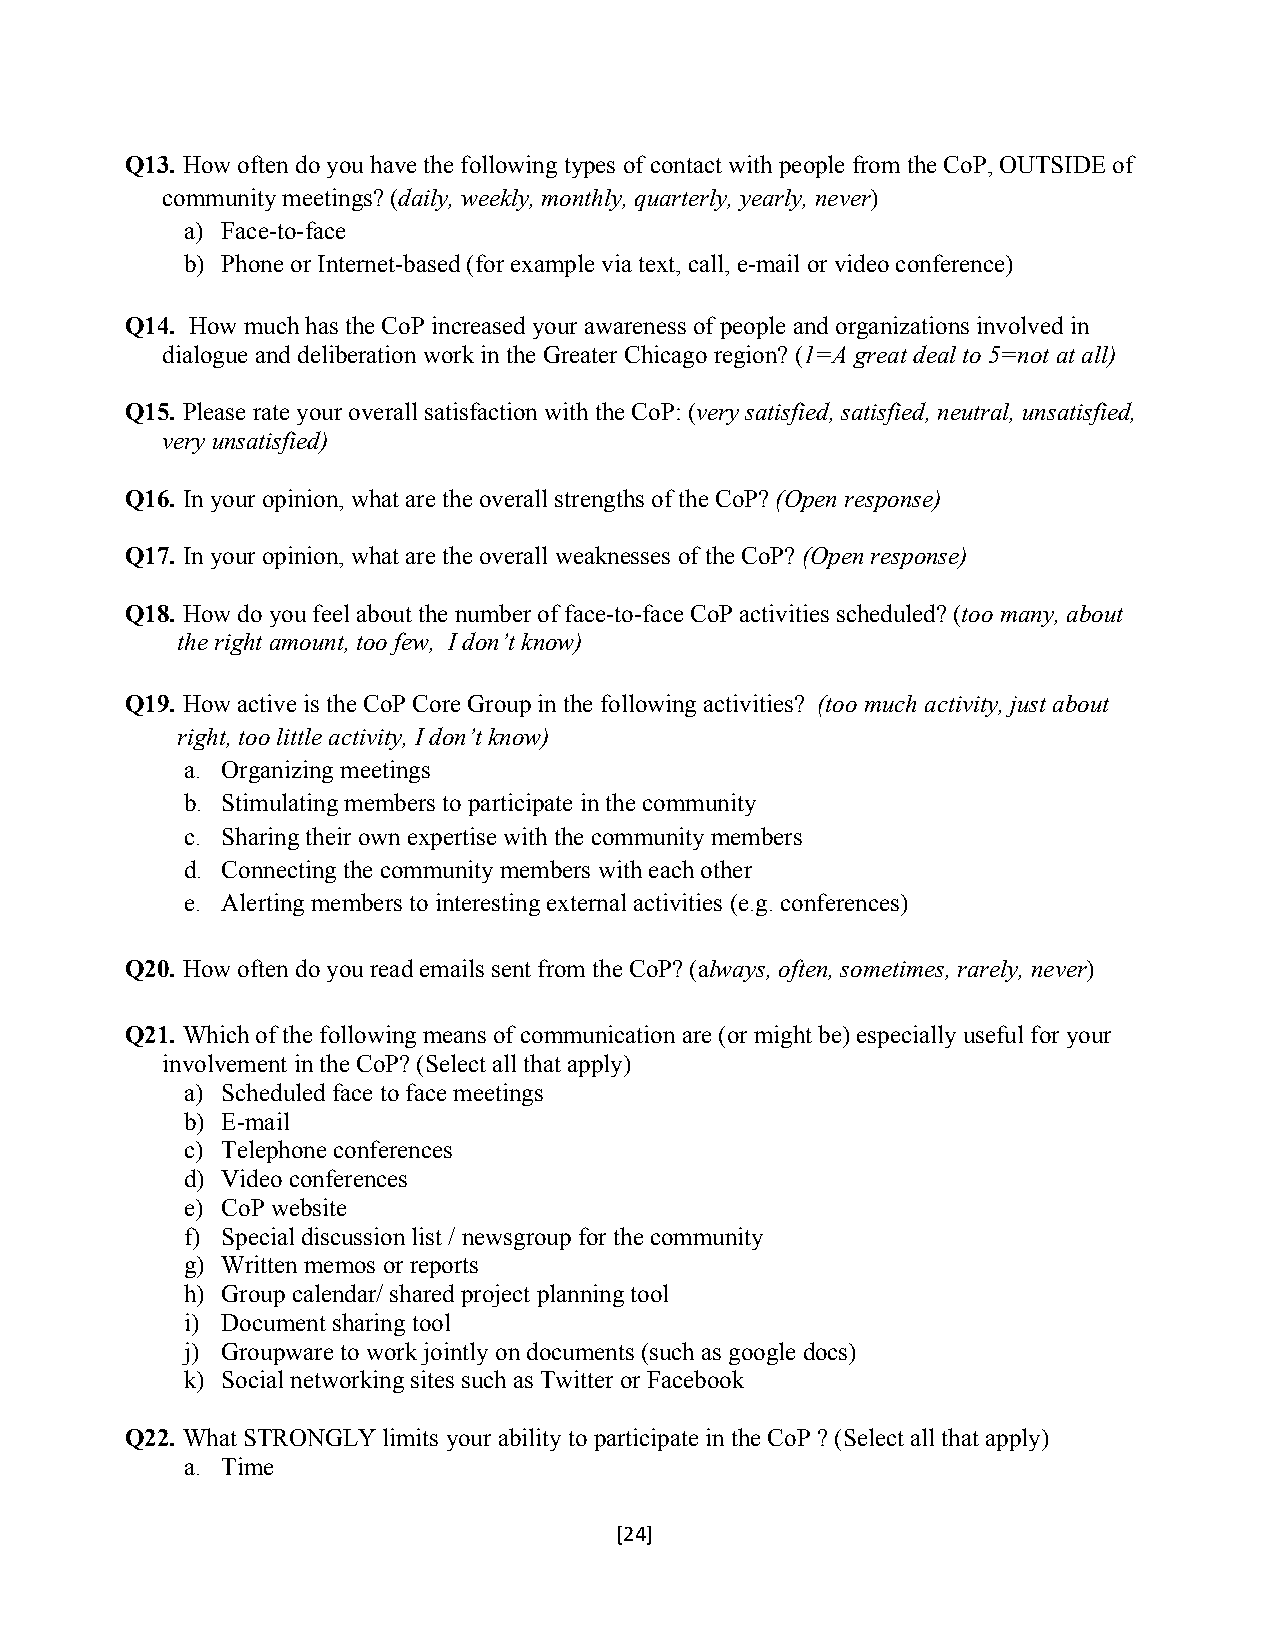
Q13. How often do you have the following types of contact with people from the CoP, OUTSIDE of
 community meetings? (daily, weekly, monthly, quarterly, yearly, never)
 a) Face-to-face
 b) Phone or Internet-based (for example via text, call, e-mail or video conference)
 Q14. How much has the CoP increased your awareness of people and organizations involved in
 dialogue and deliberation work in the Greater Chicago region? (1=A great deal to 5=not at all)
 Q15. Please rate your overall satisfaction with the CoP: (very satisfied, satisfied, neutral, unsatisfied,
 very unsatisfied)
 Q16. In your opinion, what are the overall strengths of the CoP? (Open response)
 Q17. In your opinion, what are the overall weaknesses of the CoP? (Open response)
 Q18. How do you feel about the number of face-to-face CoP activities scheduled? (too many, about
 the right amount, too few, I don’t know)
 Q19. How active is the CoP Core Group in the following activities? (too much activity, just about
 right, too little activity, I don’t know)
 a. Organizing meetings
 b. Stimulating members to participate in the community
 c. Sharing their own expertise with the community members
 d. Connecting the community members with each other
 e. Alerting members to interesting external activities (e.g. conferences)
 Q20. How often do you read emails sent from the CoP? (always, often, sometimes, rarely, never)
 Q21. Which of the following means of communication are (or might be) especially useful for your
 involvement in the CoP? (Select all that apply)
 a) Scheduled face to face meetings
 b) E-mail
 c) Telephone conferences
 d) Video conferences
 e) CoP website
 f) Special discussion list / newsgroup for the community
 g) Written memos or reports
 h) Group calendar/ shared project planning tool
 i) Document sharing tool
 j) Groupware to work jointly on documents (such as google docs)
 k) Social networking sites such as Twitter or Facebook
 Q22. What STRONGLY limits your ability to participate in the CoP ? (Select all that apply)
 a. Time
 [24]$